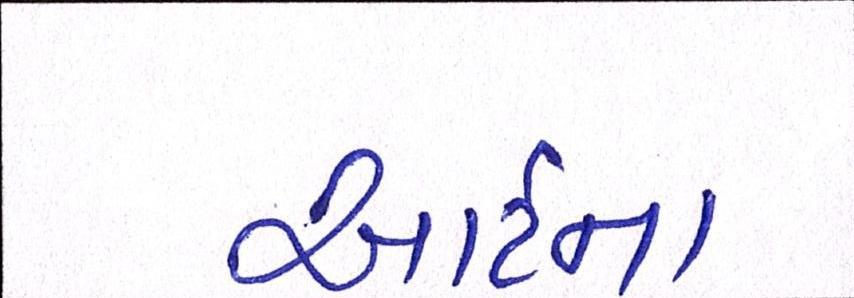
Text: આર્ટના